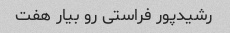
رشیدپور فراستی رو بیار هفت